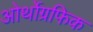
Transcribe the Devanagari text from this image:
ओर्थोग्रफिक